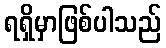
ရရှိမှာဖြစ်ပါသည်